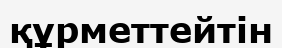
құрметтейтін